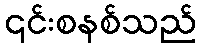
၎င်းစနစ်သည်